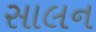
સાલન